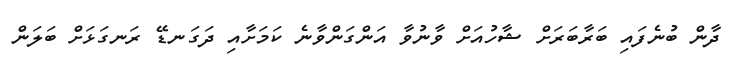
ދާން ބުނެފައި ބަރާބަރަށް ޝާހުއަށް ވާނުވާ އަންގަންވާނެ ކަމަށާއި ދަގަނޑޭ ރަނގަޅަށް ބަލަން